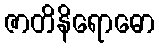
ဇာတိနိရောဓော